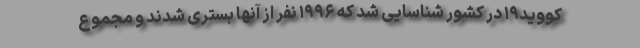
کووید۱۹ در کشور شناسایی شد که ۱۹۹۶ نفر از آنها بستری شدند و مجموع